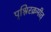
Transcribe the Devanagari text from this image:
पृश्निरक्रमीत्